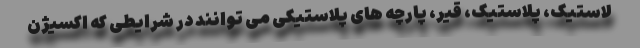
لاستیک، پلاستیک، قیر، پارچه های پلاستیکی می توانند در شرایطی که اکسیژن